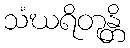
သံဃရိတုန္တိ